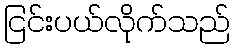
ငြင်းပယ်လိုက်သည်